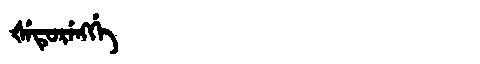
Manchu: ᡧᡝᡨᡠᡵᡝᠩᡤᡝ
Romanization: ŠETURENGGE